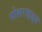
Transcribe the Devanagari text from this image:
पोलराइज़्ड